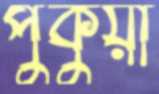
পুকুয়া